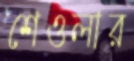
শেওলার